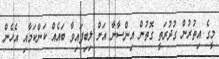
މީގެ އިތުރުން ގުދުރަތީ ގޮތުން އިންސާނާ އަށް ލިބިފައިވާ ބައެއް ކަންކަމާއި އެހެން